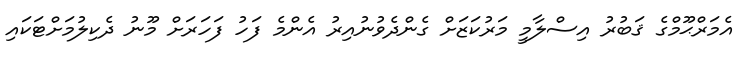
އެމަރްޙޫމްގެ ޤަބުރު އިސްލާމީ މަރުކަޒަށް ގެންދެވުނުއިރު އެންމެ ފަހު ފަހަރަށް މޫނު ދެކިލުމަށްޓަކައި